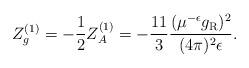
LaTeX: \begin{align*}Z_g^{(1)} =-\frac12Z_A^{(1)} =-\frac{11}3\frac{(\mu^{-\epsilon}g_{\rm R})^2}{(4\pi)^2\epsilon}.\end{align*}